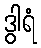
ဒွါရံ